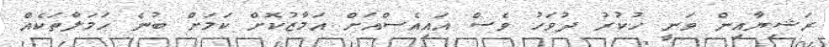
ރަޝިޔާއިން ވަނީ ހުކުރު ދުވަހު ވެސް އައިއެސްއަށް އަމާޒުކޮށް ކަމަށް ބުނެ ހަމަލާތަކެއް